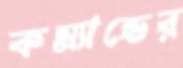
কম্যান্ডের